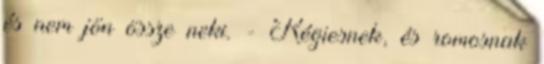
és nem jön össze neki. - Régiesnek, és romosnak